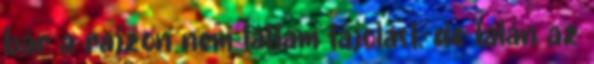
bár a rajzon nem láttam tájolást, de talán az